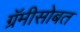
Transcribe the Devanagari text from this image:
ग्रॅमीसोबत